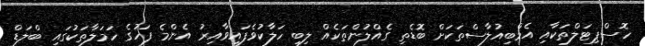
ހޮސްޕިޓަލްތަކާއި އެމްބިއުލާސްތަކަށް ބޮޑެތި ގެއްލުންތަކެއް ލިބި ހަލާކުވެފައިވާއިރު އެންމެ ފަހުގެ ހަމަލާތަކުގައި ބްލަޑް